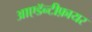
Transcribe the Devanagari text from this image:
आएडॅन्टीफ़ायर